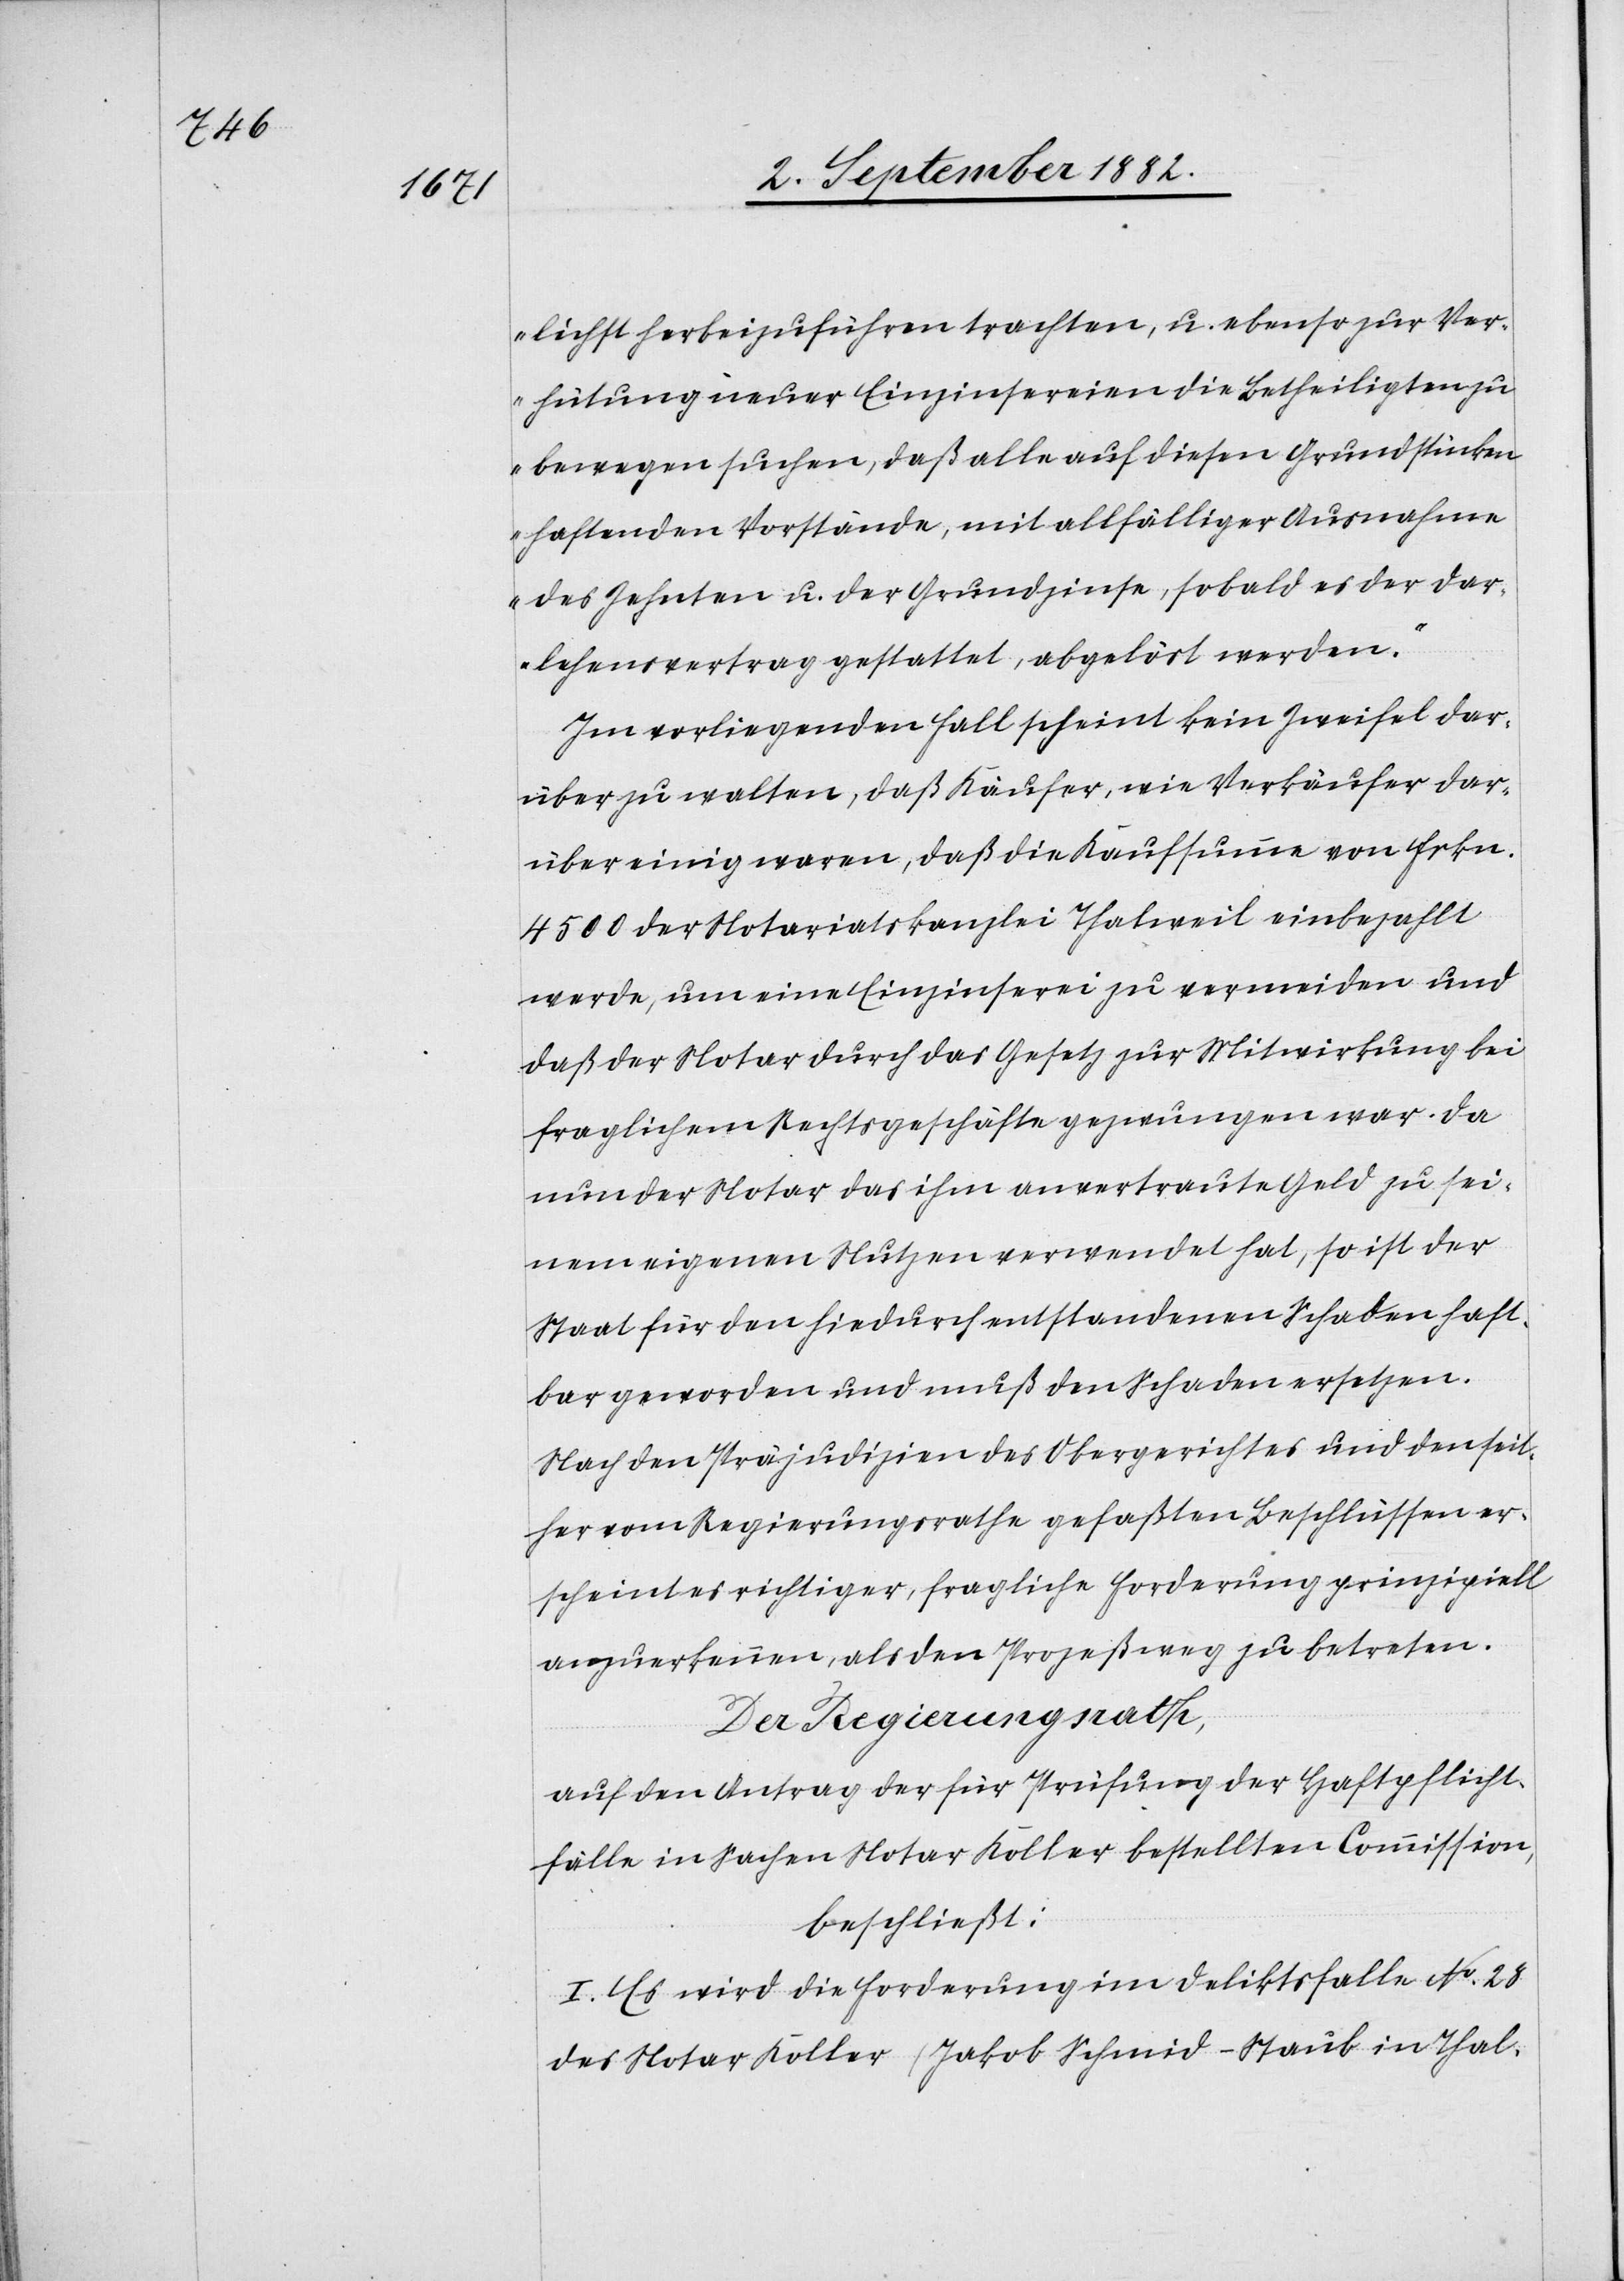
lichst herbeizuführen trachten, u. ebenso zur Ver¬
hütung innerer Einzinsereien die Betheiligten zu
bewegen suchen, daß alle auf diesen Grundstücken
haftenden Vorstände, mit allfälliger Ausnahme
des Zehnten u. der Grundzinse, sobald es der Dar¬
lehensvertrag gestattet, abgelöst werden.“
Im vorliegenden Fall scheint kein Zweifel dar¬
über zu walten, daß Käufer, wie Verkäufer dar¬
über einig waren, daß die Kaufsumme von Frkn.
4500 der Notariatskanzlei Thalweil einbezahlt
werde, um eine Einzinserei zu vermeiden und
daß der Notar durch das Gesetz zur Mitwirkung bei
fraglichem Rechtsgeschäfte gezwungen war. Da
nun der Notar das ihm anvertraute Geld zu sei¬
nem eigenen Nutzen verwendet hat, so ist der
Staat für den hiedurch entstandenen Schaden haft¬
bar geworden und muß den Schaden ersetzen.
Nach den Präjudizien des Obergerichtes und den seit¬
her vom Regierungsrathe gefaßten Beschlüssen er¬
scheint es richtiger, fragliche Forderung prinzipiell
anzuerkennen, als den Prozeßweg zu betreten.
Der Regierungsrath,
auf den Antrag der für Prüfung der Haftpflicht¬
fälle in Sachen Notar Koller bestellten Commission,
beschließt:
I. Es wird die Forderung im Deliktsfalle No 28
des Notar Koller (Jakob Schmid-Staub in Thal-